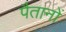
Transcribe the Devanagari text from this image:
पैतानों